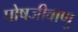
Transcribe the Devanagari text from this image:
पोषजीवाणु